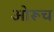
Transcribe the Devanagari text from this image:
ओरूच